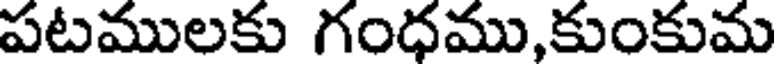
పటములకు గంధము,కుంకుమ